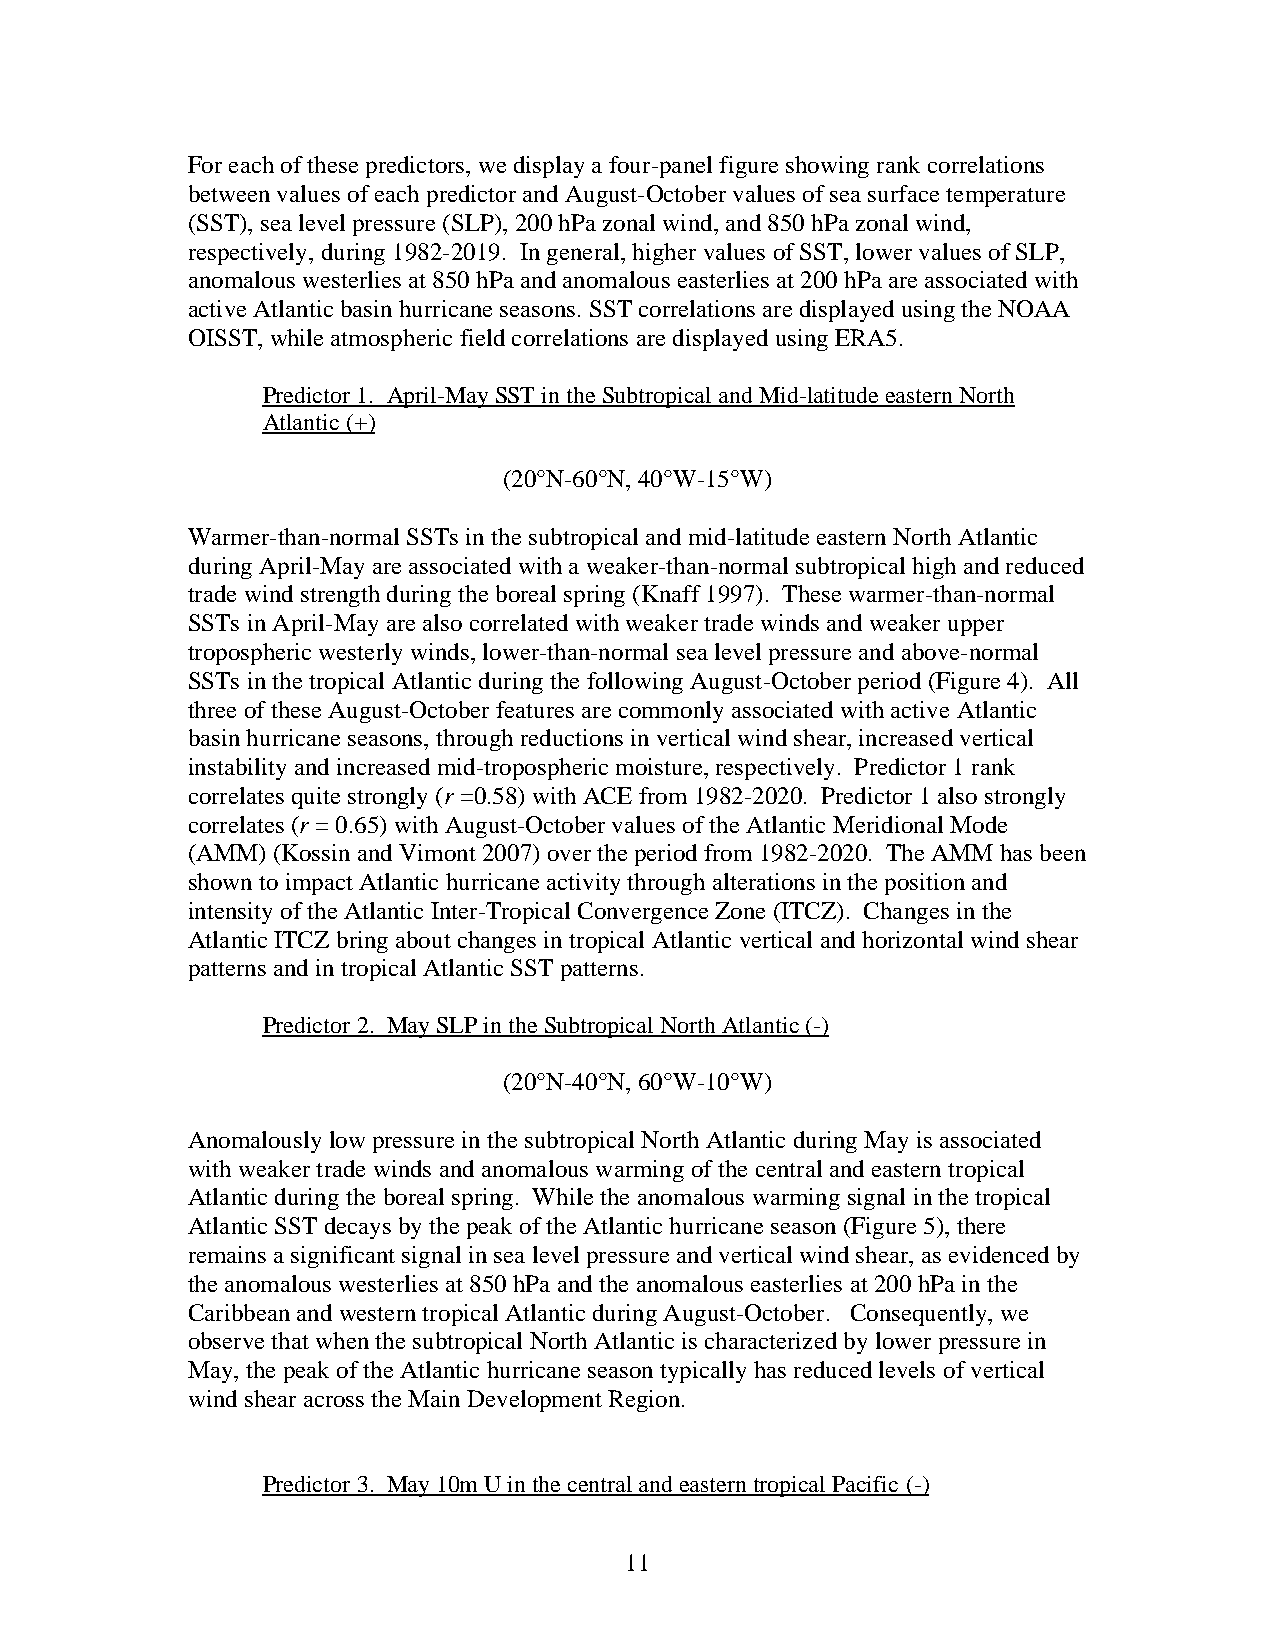
For each of these predictors, we display a four-panel figure showing rank correlations
 between values of each predictor and August-October values of sea surface temperature
 (SST), sea level pressure (SLP), 200 hPa zonal wind, and 850 hPa zonal wind,
 respectively, during 1982-2019. In general, higher values of SST, lower values of SLP,
 anomalous westerlies at 850 hPa and anomalous easterlies at 200 hPa are associated with
 active Atlantic basin hurricane seasons. SST correlations are displayed using the NOAA
 OISST, while atmospheric field correlations are displayed using ERA5.
 Predictor 1. April-May SST in the Subtropical and Mid-latitude eastern North
 Atlantic (+)
 (20°N-60°N, 40°W-15°W)
 Warmer-than-normal SSTs in the subtropical and mid-latitude eastern North Atlantic
 during April-May are associated with a weaker-than-normal subtropical high and reduced
 trade wind strength during the boreal spring (Knaff 1997). These warmer-than-normal
 SSTs in April-May are also correlated with weaker trade winds and weaker upper
 tropospheric westerly winds, lower-than-normal sea level pressure and above-normal
 SSTs in the tropical Atlantic during the following August-October period (Figure 4). All
 three of these August-October features are commonly associated with active Atlantic
 basin hurricane seasons, through reductions in vertical wind shear, increased vertical
 instability and increased mid-tropospheric moisture, respectively. Predictor 1 rank
 correlates quite strongly (r =0.58) with ACE from 1982-2020. Predictor 1 also strongly
 correlates (r = 0.65) with August-October values of the Atlantic Meridional Mode
 (AMM) (Kossin and Vimont 2007) over the period from 1982-2020. The AMM has been
 shown to impact Atlantic hurricane activity through alterations in the position and
 intensity of the Atlantic Inter-Tropical Convergence Zone (ITCZ). Changes in the
 Atlantic ITCZ bring about changes in tropical Atlantic vertical and horizontal wind shear
 patterns and in tropical Atlantic SST patterns.
 Predictor 2. May SLP in the Subtropical North Atlantic (-)
 (20°N-40°N, 60°W-10°W)
 Anomalously low pressure in the subtropical North Atlantic during May is associated
 with weaker trade winds and anomalous warming of the central and eastern tropical
 Atlantic during the boreal spring. While the anomalous warming signal in the tropical
 Atlantic SST decays by the peak of the Atlantic hurricane season (Figure 5), there
 remains a significant signal in sea level pressure and vertical wind shear, as evidenced by
 the anomalous westerlies at 850 hPa and the anomalous easterlies at 200 hPa in the
 Caribbean and western tropical Atlantic during August-October. Consequently, we
 observe that when the subtropical North Atlantic is characterized by lower pressure in
 May, the peak of the Atlantic hurricane season typically has reduced levels of vertical
 wind shear across the Main Development Region.
 Predictor 3. May 10m U in the central and eastern tropical Pacific (-)
 11